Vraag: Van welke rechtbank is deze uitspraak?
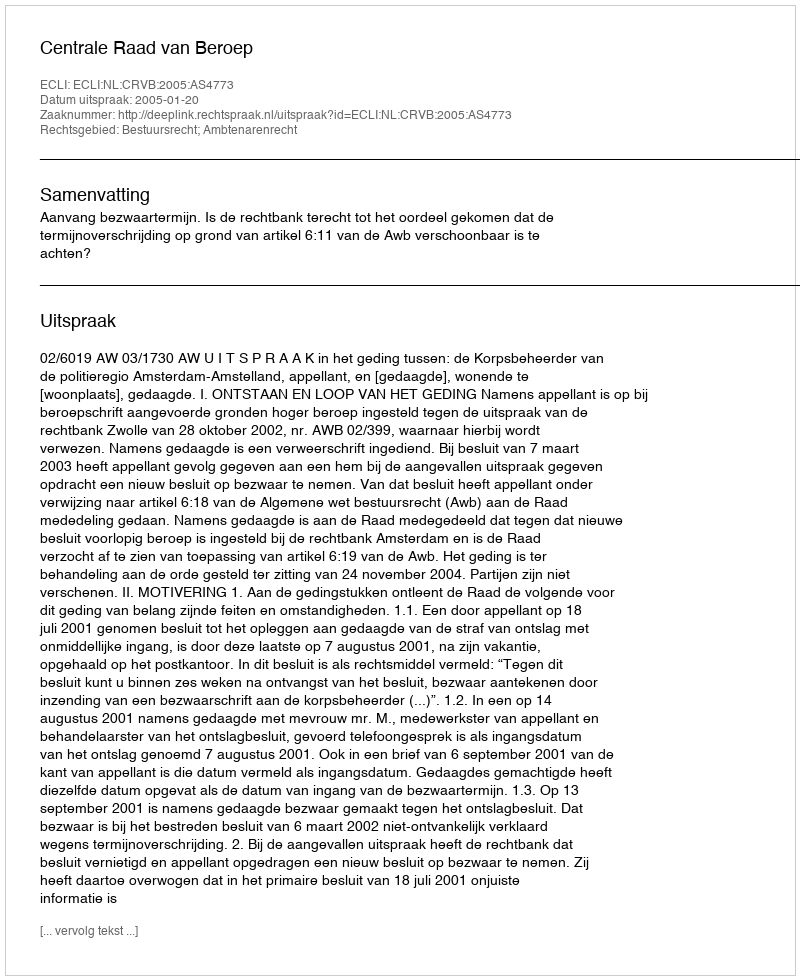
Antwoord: Centrale Raad van Beroep